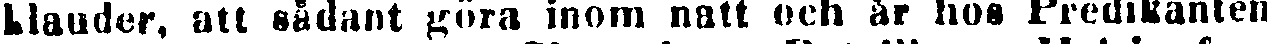
blauder, att sådant göra inom natt och är hos Predikanten